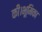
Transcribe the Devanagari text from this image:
की।भूमिका